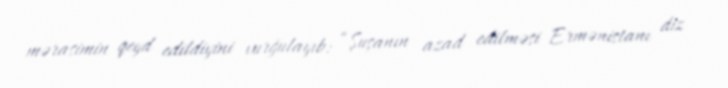
mərasimin qeyd edildiyini vurğulayıb: “Şuşanın azad edilməsi Ermənistanı diz